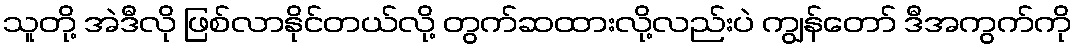
သူတို့ အဲဒီလို ဖြစ်လာနိုင်တယ်လို့ တွက်ဆထားလို့လည်းပဲ ကျွန်တော် ဒီအကွက်ကို